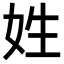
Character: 姓